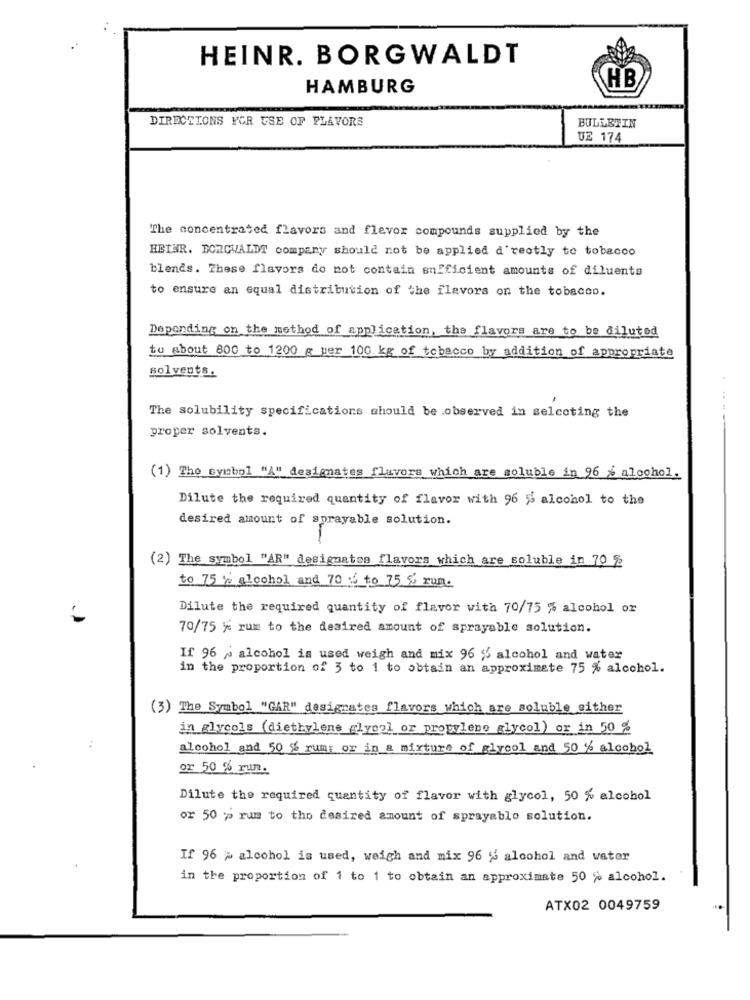
HEINR. BORGWALDT
HAMBURG
HB
DIRECTIONS FOR USE OF FLAVORS
BULLETIN
UZ 174
The concentrated flavors and flevor compounds supplied by the
HETHR. BORGWALDT company should not be applied d'rectly to tobacco
blends. These flavors do not contain sufficient amounts of diluente
to ensure an equal distribution of the flavors on the tobacco.
Depending on the method of application, the flavors are to be diluted
to About 800 to 1200 e per 100 kg of tobacco by addition of appropriate
solvents.
The solubility specifications should be observed in selecting the
proper solvents.
(1) The symbol "A" designates flavors which are soluble in 96 % alcohol.
Dilute the required quantity of flavor with 96 % alcohol to the
desired amount of sprayable solution.
(2) The symbol "AR" designates flavors which are soluble in 70 2
to 75 % alcohol and 70 5 to 75 % run.
Dilute the required quantity of flavor with 70/75 % alcohol or
70/75 % rum to the desired amount of sprayable solution.
If 96 % alcohol is used weigh and mix 96 % alcohol and water
in the proportion of 3 to 1 to obtain an approximate 75 % alcohol.
(3) The Symbol "GAR" designates flavors which are soluble either
in glycols (diethylene glycol or propylene glycol) or in 50 %
alcohol and 50 % rum: or in a mixture of glycol and 50 % alcohol
or 50 % run.
Dilute the required quantity of flavor with glycol, 50 % alcohol
or 50 p rum to the desired amount of sprayablo solution.
If 96 > alcohol is used, weigh and mix 96 % alcohol and water
in the proportion of 1 to 1 to obtain an approximate 50 % alcohol.
ATX02 0049759